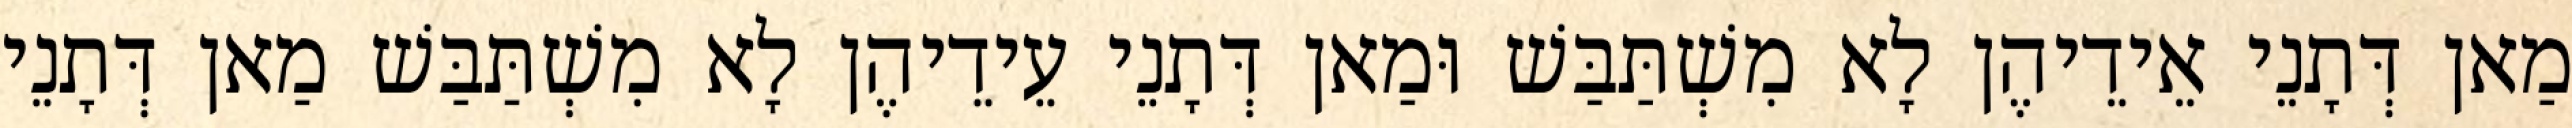
מַאן דְּתָנֵי אֵידֵיהֶן לָא מִשְׁתַּבַּשׁ וּמַאן דְּתָנֵי עֵידֵיהֶן לָא מִשְׁתַּבַּשׁ מַאן דְּתָנֵי